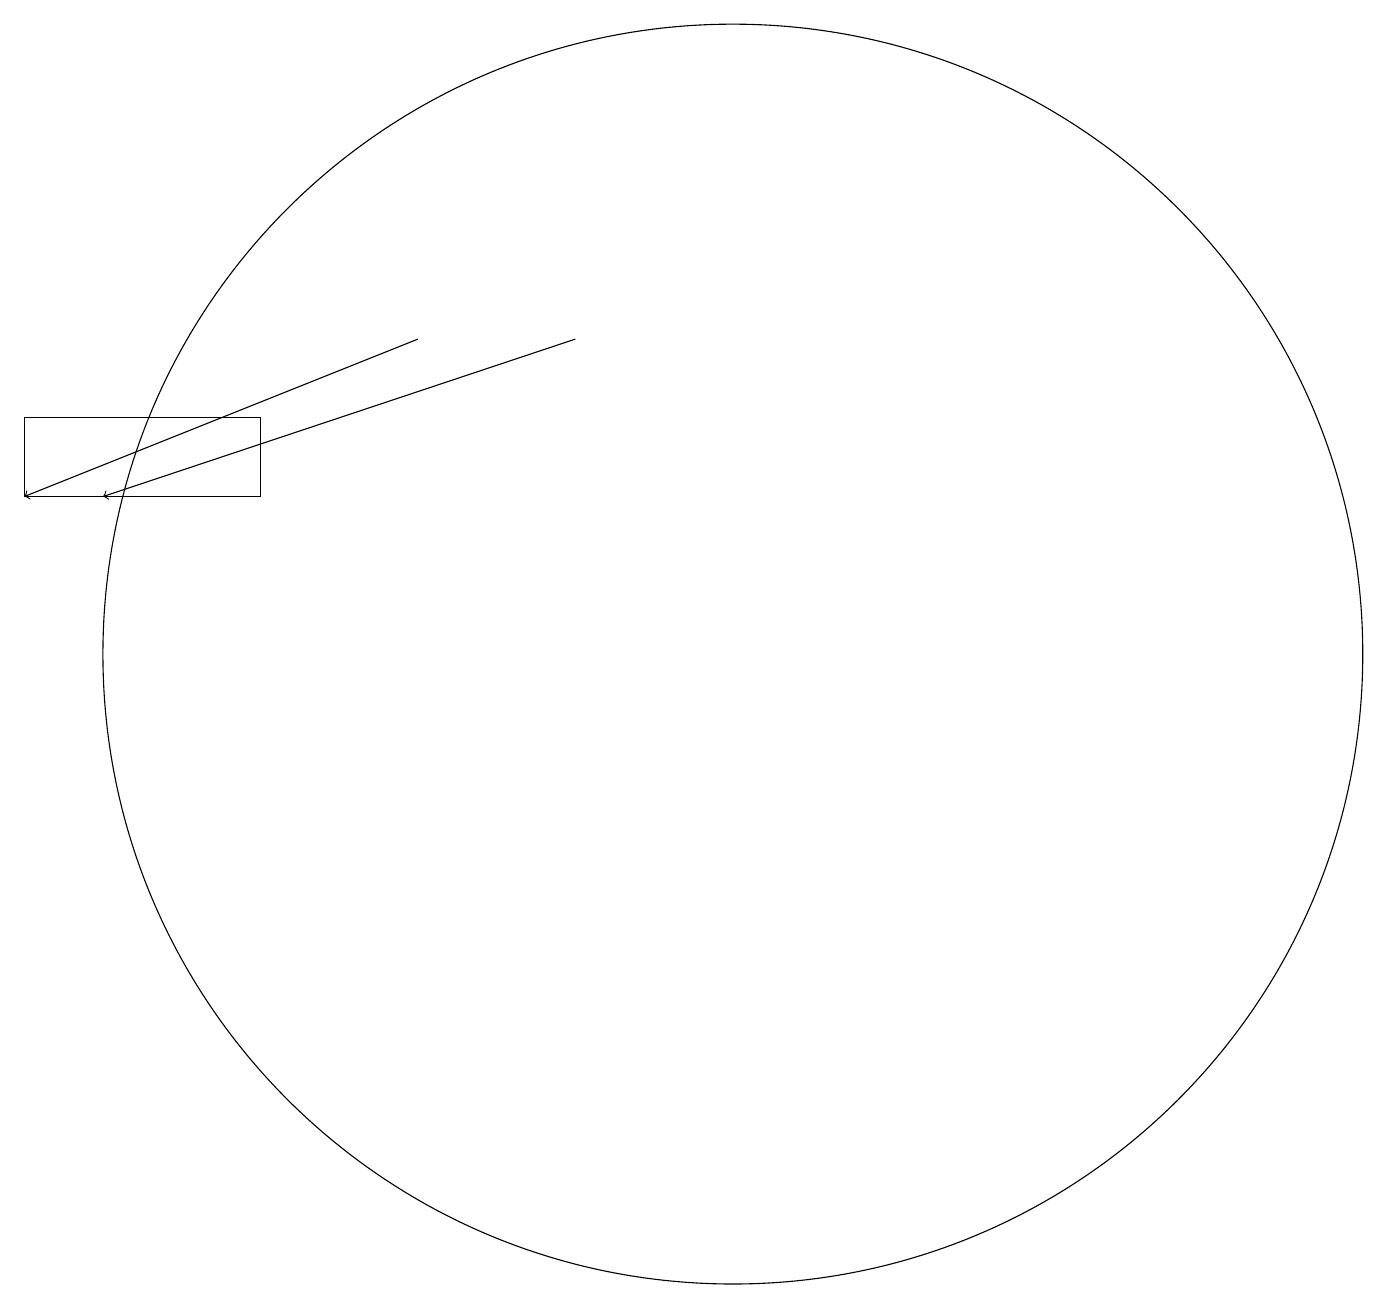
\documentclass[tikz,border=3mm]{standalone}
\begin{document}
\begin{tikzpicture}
\draw[->] (9,14) -- (3,12);
\draw (5,13) rectangle (2,12);
\draw (11,10) circle (8);
\draw[->] (7,14) -- (2,12);
\draw (10,10) circle (0);
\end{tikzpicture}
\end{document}